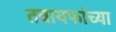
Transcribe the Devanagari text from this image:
तवायफांच्या